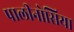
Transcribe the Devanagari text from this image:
पालीनोसिया